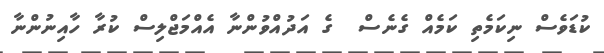
ކުޑަވެސް ނިކަމެތި ކަމެއް ގެނެސް  ގެ އަދުއްވުންނާ އެއްމަޖްލިސް ކުރާ ހާއިނުންނާ